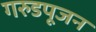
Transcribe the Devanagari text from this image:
गरुडपूजन